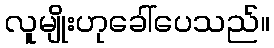
လူမျိုးဟုခေါ်ပေသည်။